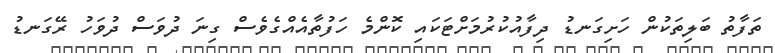
ތަފާތު ބަލިތަކުން ހަށިގަނޑު ދިފާއުކުރުމަށްޓަކައި ކޮންމެ ހަފުތާއެއްގެވެސް ގިނަ ދުވަސް ދުވަހު ރޭގަނޑު